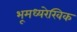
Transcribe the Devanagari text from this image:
भूमध्यरेखिक